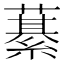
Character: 藄